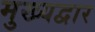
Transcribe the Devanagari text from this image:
मुख्‍यद्वार